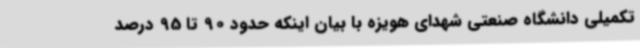
تکمیلی دانشگاه صنعتی شهدای هویزه با بیان اینکه حدود 90 تا 95 درصد